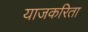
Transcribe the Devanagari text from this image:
याजकरिता